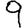
Digit: 9